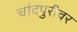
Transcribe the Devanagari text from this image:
चांदपुरीवर